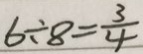
6 \div 8 = \frac { 3 } { 4 }